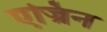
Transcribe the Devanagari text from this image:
एज्रिन